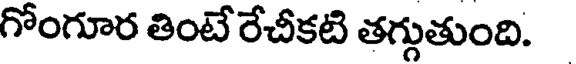
గోంగూర తింటేరేచీకటి తగ్గుతుంది.